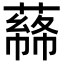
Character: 𦼡